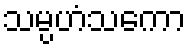
သမ္ပဟံသကော